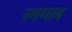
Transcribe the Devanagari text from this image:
स्मगल